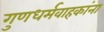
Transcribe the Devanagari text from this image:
गुणधर्मवाहकांना